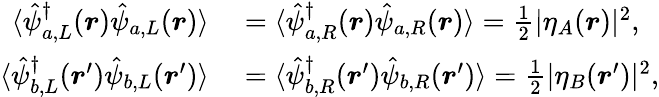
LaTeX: \begin{array}{rl}{\langle\hat{\psi}_{a,L}^{\dagger}(\boldsymbol{r})\hat{\psi}_{a,L}(\boldsymbol{r})\rangle}&{{}=\langle\hat{\psi}_{a,R}^{\dagger}(\boldsymbol{r})\hat{\psi}_{a,R}(\boldsymbol{r})\rangle=\frac{1}{2}|\eta_{A}(\boldsymbol{r})|^{2},}\\ {\langle\hat{\psi}_{b,L}^{\dagger}(\boldsymbol{r}^{\prime})\hat{\psi}_{b,L}(\boldsymbol{r}^{\prime})\rangle}&{{}=\langle\hat{\psi}_{b,R}^{\dagger}(\boldsymbol{r}^{\prime})\hat{\psi}_{b,R}(\boldsymbol{r}^{\prime})\rangle=\frac{1}{2}|\eta_{B}(\boldsymbol{r}^{\prime})|^{2},}\end{array}